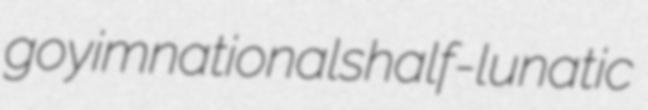
goyim nationals half-lunatic